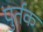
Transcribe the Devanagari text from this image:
पुर्तक